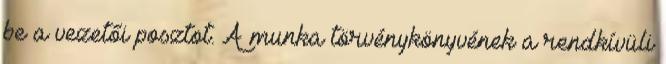
be a vezetői posztot. A munka törvénykönyvének a rendkívüli